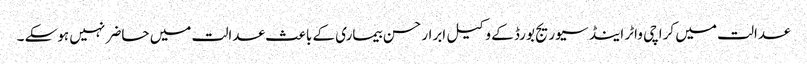
عدالت میں کراچی واٹر اینڈ سیوریج بورڈ کے وکیل ابرار حسن بیماری کے باعث عدالت میں حاضر نہیں ہوسکے ۔